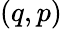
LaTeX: \left(q,p\right)